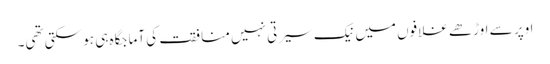
اوپر سے اوڑھے غلافوں میں نیک سیرتی نہیں منافقت کی آماجگاہ ہی ہو سکتی تھی۔